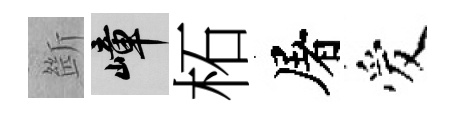
㫁嶂柘屠爱